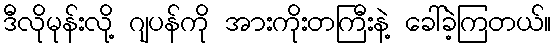
ဒီလိုမုန်းလို့ ဂျပန်ကို အားကိုးတကြီးနဲ့ ခေါ်ခဲ့ကြတယ်။